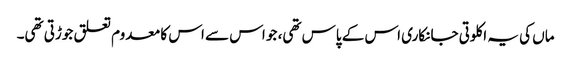
ماں کی یہ اکلوتی جانکاری اس کے پاس تھی، جو اس سے اس کا معدوم تعلق جوڑتی تھی۔